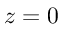
z = 0